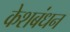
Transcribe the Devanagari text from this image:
केशबंधन